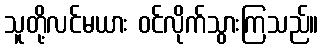
သူတို့လင်မယား ဝင်လိုက်သွားကြသည်။